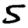
Digit: 5